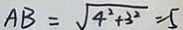
A B = \sqrt { 4 ^ { 2 } + 3 ^ { 2 } } = 5